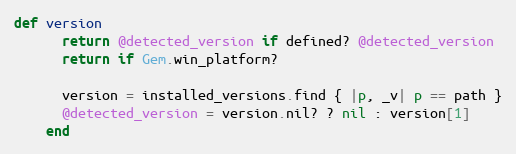
Language: Ruby
def version
      return @detected_version if defined? @detected_version
      return if Gem.win_platform?

      version = installed_versions.find { |p, _v| p == path }
      @detected_version = version.nil? ? nil : version[1]
    end